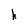
Character: h